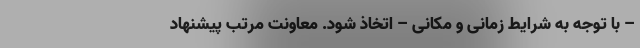
– با توجه به شرایط زمانی و مکانی – اتخاذ شود. معاونت مرتب پیشنهاد